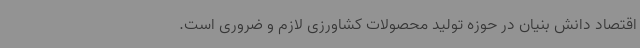
اقتصاد دانش بنیان در حوزه تولید محصولات کشاورزی لازم و ضروری است.